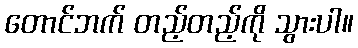
တောင်ဘက် တည့်တည့်ကို သွားပါ။